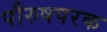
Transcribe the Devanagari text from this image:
पौरुषपरक